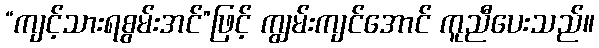
“ကျင့်သားရစွမ်းအင်”ဖြင့် ကျွမ်းကျင်အောင် ကူညီပေးသည်။